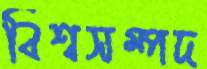
বিশ্বসম্পদ